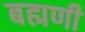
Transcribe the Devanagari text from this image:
बह्मणी